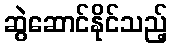
ဆွဲဆောင်နိုင်သည့်